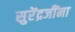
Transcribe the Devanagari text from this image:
सुरेंद्रजींना